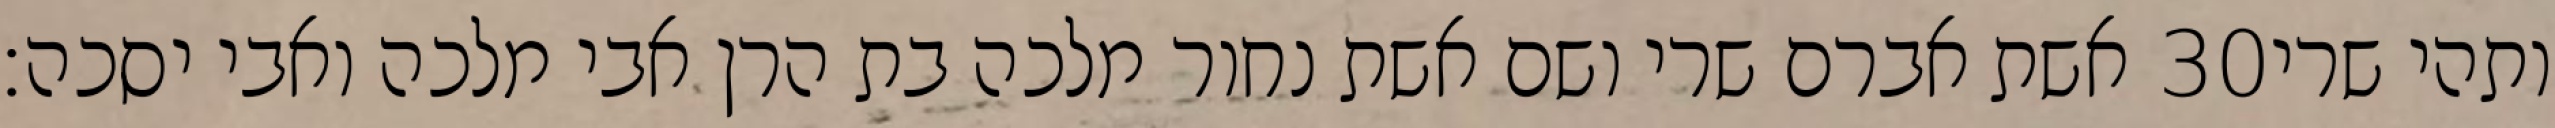
אשת אברם שרי ושם אשת נחור מלכה בת הרן אבי מלכה ואבי יסכה׃ ‎30‏ ותהי שרי